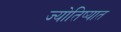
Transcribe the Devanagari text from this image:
ज्योतिष्यात